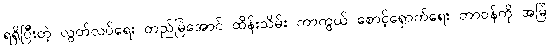
ရရှိပြီးတဲ့ လွတ်လပ်ရေး တည်မြဲအောင် ထိန်းသိမ်း ကာကွယ် စောင့်ရှောက်ရေး တာဝန်ကို အမြဲ